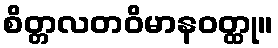
စိတ္တလတဝိမာနဝတ္ထု။